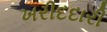
ખરીદદારી